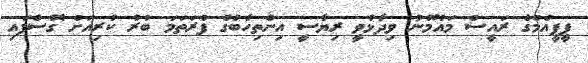
ޕީޕީއެމްގެ ރައީސް މައުމޫނު ވިދާޅުވީ ރިޔާސީ އިންތިހާބުގެ ފުރަތަމަ ބުރު ކުރިއަށް ގޮސްފައި